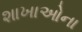
શાખાઓના